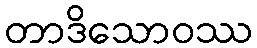
တာဒိသောဝဿ